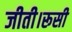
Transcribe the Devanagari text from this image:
जीती।रूसी